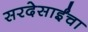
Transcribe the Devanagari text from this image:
सरदेसाईंचा